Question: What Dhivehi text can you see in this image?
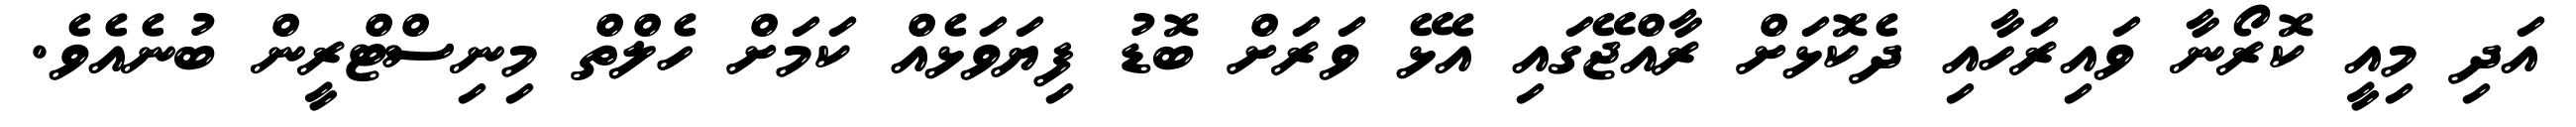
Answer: އަދި މިއީ ކޮރޯނާ ވައިރަހާއި ދެކޮޅަށް ރާއްޖޭގައި އެޅޭ ވަރަށް ބޮޑު ފިޔަވަޅެއް ކަމަށް ހެލްތް މިނިސްޓްރީން ބުނެއެވެ.